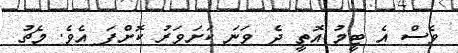
ވެސް އެ ޓީމު އޮތީ ދެ ވަނަ ކަށަވަރު ކޮށްފަ އެވެ. މެޗު